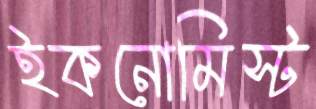
ইকনোমিস্ট